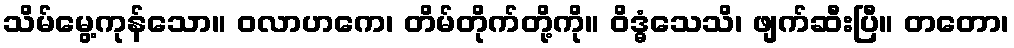
သိမ်မွေ့ကုန်သော။ ဝလာဟကေ၊ တိမ်တိုက်တို့ကို။ ဝိဒ္ဓံသေသိ၊ ဖျက်ဆီးပြီ။ တတော၊